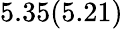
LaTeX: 5.35(5.21)